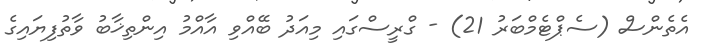
އެތެންސް (ސެޕްޓެމްބަރު 21) - ގްރީސްގައި މިއަދު ބޭއްވި އާއްމު އިންތިޚާބު ވާތުފިޔައިގެ